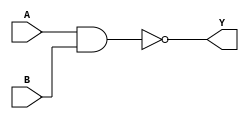
//2022-7-21  llz
//yufeimen;
module nand_gate(A,B,Y);
	input[3:0]	A;
        input[3:0]	B;
	output[3:0]	Y;

assign		Y=~(A&&B);

endmodule